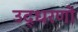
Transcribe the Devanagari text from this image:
उद्‍धरणों